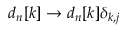
d _ { n } [ k ] \rightarrow d _ { n } [ k ] \delta _ { k , j }